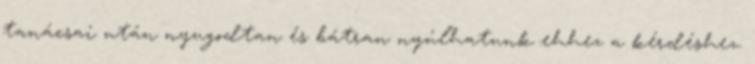
tanácsai után nyugodtan és bátran nyúlhatunk ehhez a kérdéshez.